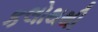
કલોથથી